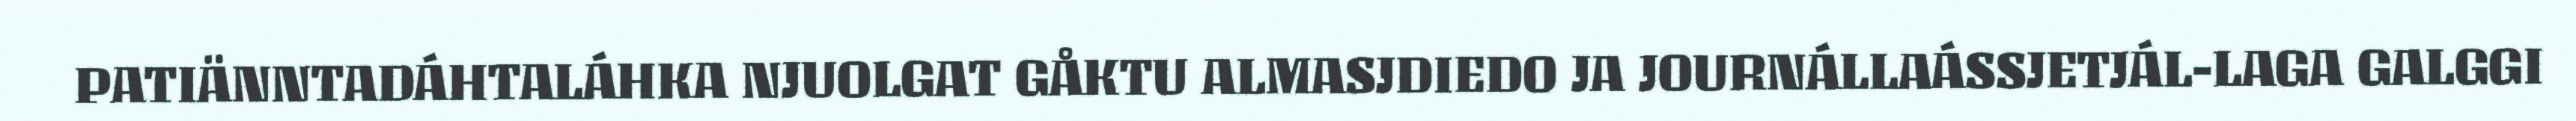
PATIÄNNTADÁHTALÁHKA NJUOLGAT GÅKTU ALMASJDIEDO JA JOURNÁLLAÁSSJETJÁL-LAGA GALGGI